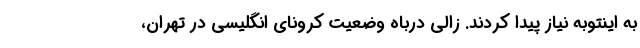
به اینتوبه نیاز پیدا کردند. زالی درباه وضعیت کرونای انگلیسی در تهران،